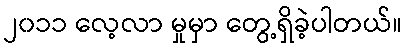
၂၀၁၁ လေ့လာ မှုမှာ တွေ့ရှိခဲ့ပါတယ်။